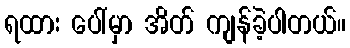
ရထား ပေါ်မှာ အိတ် ကျန်ခဲ့ပါတယ်။